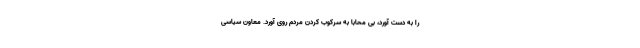
را به دست آورد، بی محابا به سرکوب کردن مردم روی آورد. معاون سیاسی